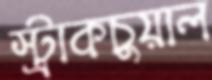
স্ট্রাকচুয়াল